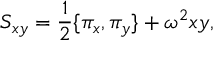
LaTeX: S _ { x y } = \frac { 1 } { 2 } \{ \pi _ { x } , \pi _ { y } \} + \omega ^ { 2 } x y ,